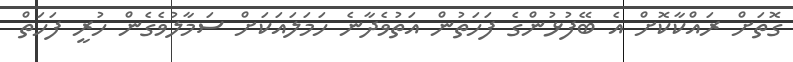
ގޮތަށް ރައްކާކޮށް އެ ބޭފުޅުންގެ ފަހަތުން އަތުވެދާނެ ހަމަލައަކަށް ސަމާލުވެގެން ހުރީ ފަހަތް